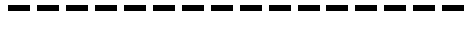
----------------